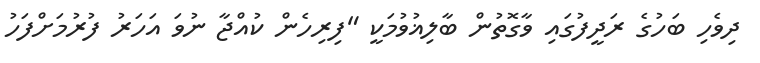
ދިވެހި ބަހުގެ ރަދީފުގައި ވާގޮތުން ބާލިޣުވުމަކީ "ފިރިހެން ކުއްޖާ ނުވަ އަހަރު ފުރުމަށްފަހު